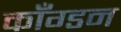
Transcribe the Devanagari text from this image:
काँग्डन